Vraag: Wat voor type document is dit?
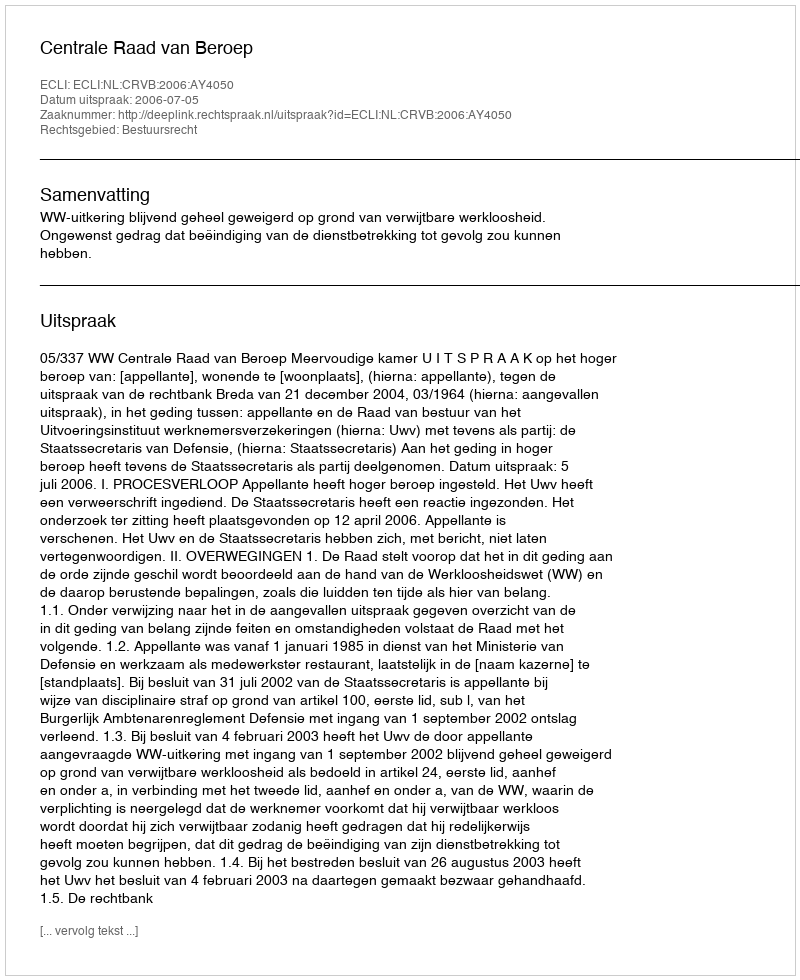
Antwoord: Uitspraak